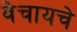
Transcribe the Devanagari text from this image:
वेचायचे